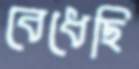
বেধেছি